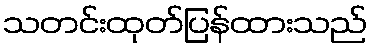
သတင်းထုတ်ပြန်ထားသည်